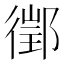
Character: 𨝔